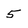
Character: 5